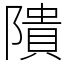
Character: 隤